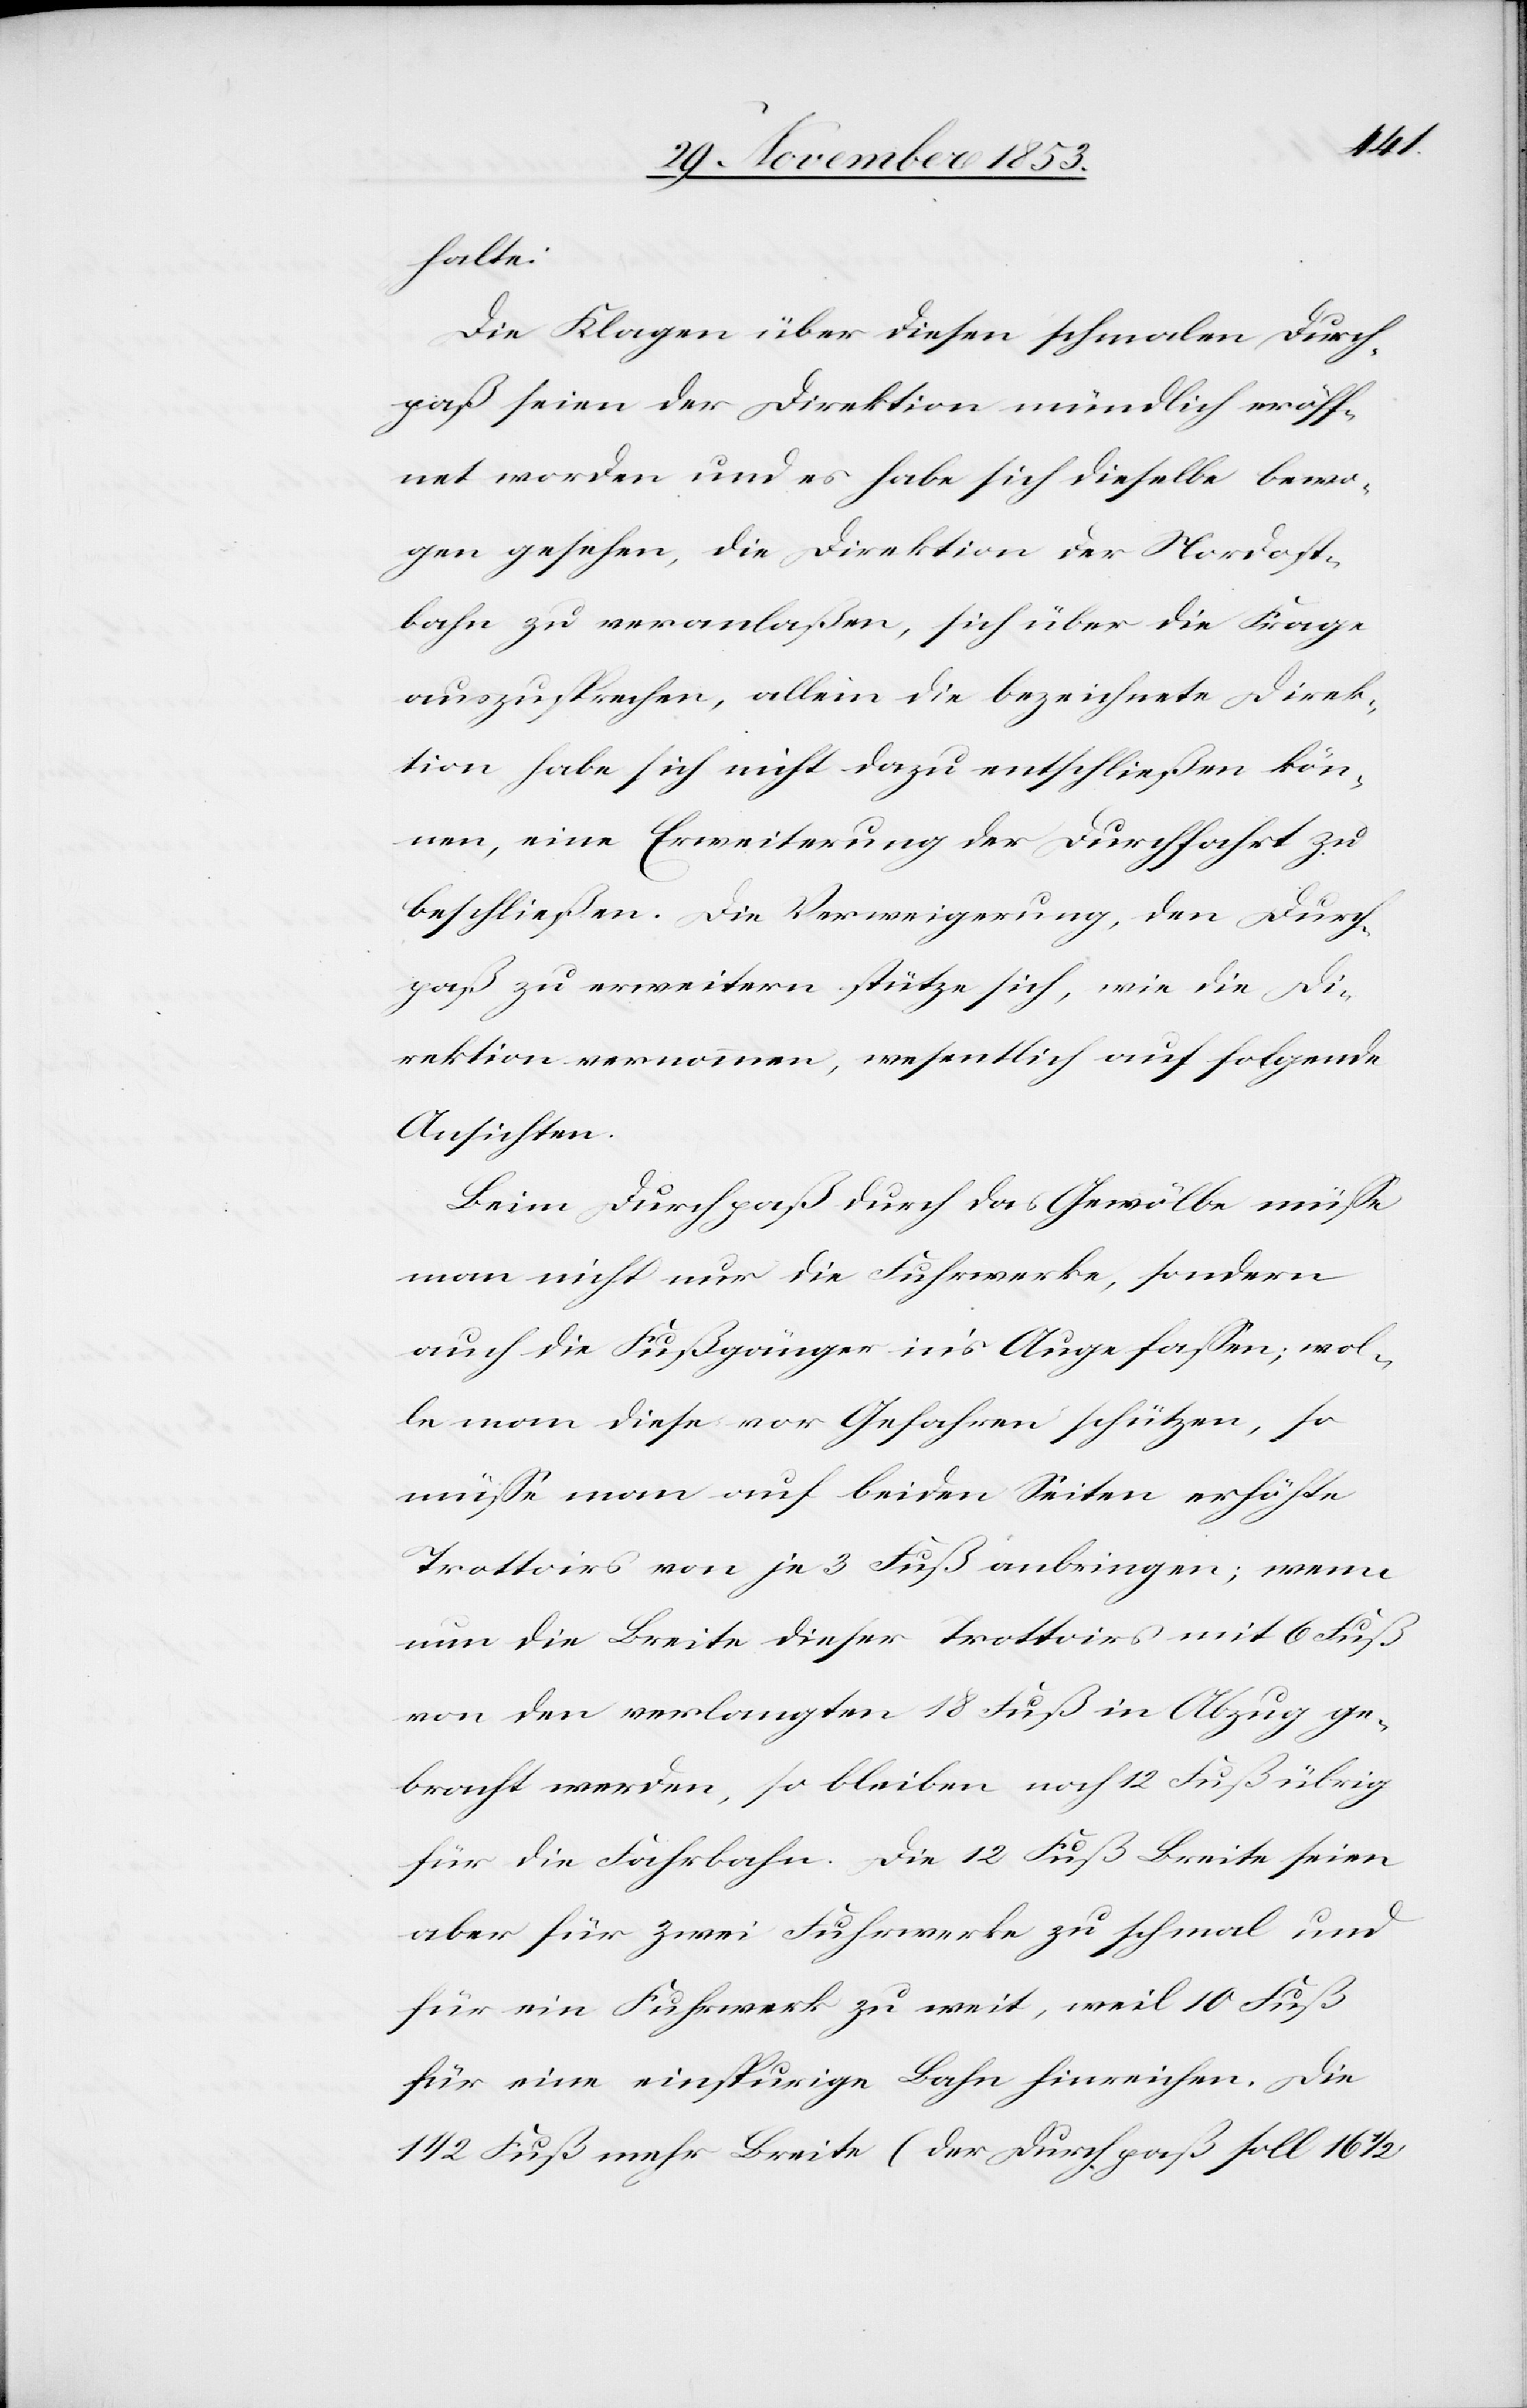
halte:
Die Klagen über diesen schmalen Durch¬
paß seien der Direktion mündlich eröff¬
net worden und es habe sich dieselbe bewo¬
gen gesehen, die Direktion der Nordost¬
bahn zu veranlaßen, sich über die Frage
auszusprechen, allein die bezeichnete Direk¬
tion habe sich nicht dazu entschließen kön¬
nen, eine Erweiterung der Durchfahrt zu
beschließen. Die Verweigerung, den Durch¬
paß zu erweitern stütze sich, wie die Di¬
rektion vernommen, wesentlich auf folgende
Ansichten:
Beim Durchpaß durch das Gewölbe müße
man nicht nur die Fuhrwerke, sondern
auch die Fußgänger in’s Auge faßen; wol¬
le man diese vor Gefahren schützen, so
müße man auf beiden Seiten erhöhte
Trottoirs von je 3 Fuß anbringen; wenn
nun die Breite dieser Trottoirs mit 6 Fuß
von den verlangten 18 Fuß in Abzug ge¬
bracht werden, so bleiben noch 12 Fuß übrig
für die Fahrbahn. Die 12 Fuß Breite seien
aber für zwei Fuhrwerke zu schmal und
für ein Fuhrwerk zu weit, weil 10 Fuß
für eine einspurige Bahn hinreichen. Die
1/2 Fuß mehr Breite (der Durchpaß soll 16 1/2